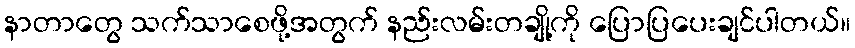
နာတာတွေ သက်သာစေဖို့အတွက် နည်းလမ်းတချို့ကို ပြောပြပေးချင်ပါတယ်။